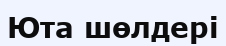
Юта шөлдері